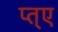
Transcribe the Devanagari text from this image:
प्त्ए